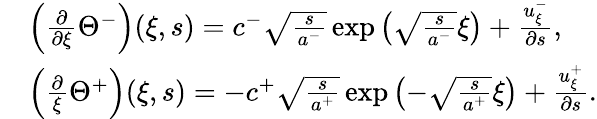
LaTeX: \begin{array}{rl}&{\left(\frac{\partial}{\partial\xi}\Theta^{-}\right)(\xi,s)=c^{-}\sqrt{\frac{s}{a^{-}}}\exp\left(\sqrt{\frac{s}{a^{-}}}\xi\right)+\frac{u_{\xi}^{-}}{\partial s},}\\ &{\left(\frac{\partial}{\xi}\Theta^{+}\right)(\xi,s)=-c^{+}\sqrt{\frac{s}{a^{+}}}\exp\left(-\sqrt{\frac{s}{a^{+}}}\xi\right)+\frac{u_{\xi}^{+}}{\partial s}.}\end{array}